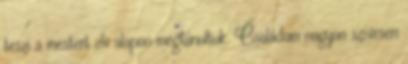
teszi a mestert elv alapon megtanultuk. Családom nagyon szívesen